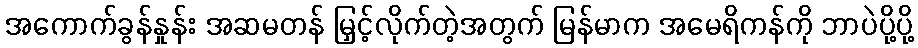
အကောက်ခွန်နှုန်း အဆမတန် မြှင့်လိုက်တဲ့အတွက် မြန်မာက အမေရိကန်ကို ဘာပဲပို့ပို့